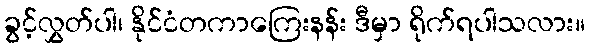
ခွင့်လွှတ်ပါ၊ နိုင်ငံတကာကြေးနန်း ဒီမှာ ရိုက်ရပါသလား။